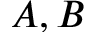
A , B